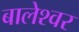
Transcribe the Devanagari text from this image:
बालेश्‍वर